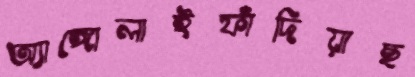
অ্যাঙ্গোলাইফাঁদিয়াছ